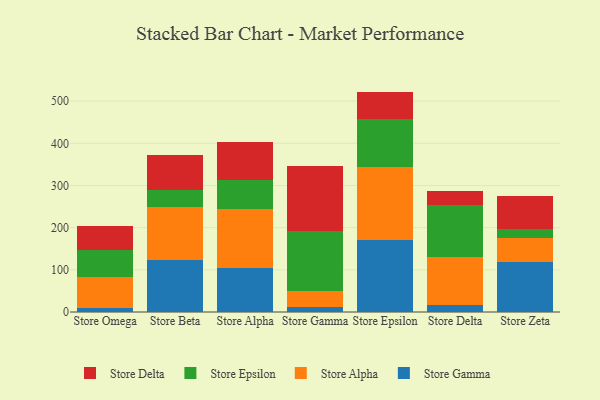
{"axis": {"x": "Store", "y": "Gross Profit (USD K)"}, "legend": ["Store Alpha", "Store Delta", "Store Epsilon", "Store Gamma"], "data": [{"x": "Store Omega", "y": 8.9, "type": "Store Gamma"}, {"x": "Store Omega", "y": 75.1, "type": "Store Alpha"}, {"x": "Store Omega", "y": 64.0, "type": "Store Epsilon"}, {"x": "Store Omega", "y": 57.0, "type": "Store Delta"}, {"x": "Store Beta", "y": 123.3, "type": "Store Gamma"}, {"x": "Store Beta", "y": 125.6, "type": "Store Alpha"}, {"x": "Store Beta", "y": 40.7, "type": "Store Epsilon"}, {"x": "Store Beta", "y": 83.7, "type": "Store Delta"}, {"x": "Store Alpha", "y": 104.6, "type": "Store Gamma"}, {"x": "Store Alpha", "y": 139.4, "type": "Store Alpha"}, {"x": "Store Alpha", "y": 68.4, "type": "Store Epsilon"}, {"x": "Store Alpha", "y": 90.4, "type": "Store Delta"}, {"x": "Store Gamma", "y": 11.3, "type": "Store Gamma"}, {"x": "Store Gamma", "y": 38.5, "type": "Store Alpha"}, {"x": "Store Gamma", "y": 141.9, "type": "Store Epsilon"}, {"x": "Store Gamma", "y": 155.5, "type": "Store Delta"}, {"x": "Store Epsilon", "y": 170.3, "type": "Store Gamma"}, {"x": "Store Epsilon", "y": 172.5, "type": "Store Alpha"}, {"x": "Store Epsilon", "y": 116.0, "type": "Store Epsilon"}, {"x": "Store Epsilon", "y": 63.8, "type": "Store Delta"}, {"x": "Store Delta", "y": 16.2, "type": "Store Gamma"}, {"x": "Store Delta", "y": 114.6, "type": "Store Alpha"}, {"x": "Store Delta", "y": 124.1, "type": "Store Epsilon"}, {"x": "Store Delta", "y": 30.9, "type": "Store Delta"}, {"x": "Store Zeta", "y": 117.4, "type": "Store Gamma"}, {"x": "Store Zeta", "y": 58.6, "type": "Store Alpha"}, {"x": "Store Zeta", "y": 22.0, "type": "Store Epsilon"}, {"x": "Store Zeta", "y": 77.0, "type": "Store Delta"}]}